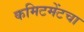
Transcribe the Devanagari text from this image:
कमिटमेंटचा